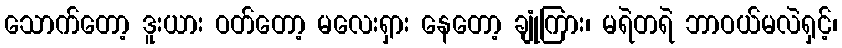
သောက်တော့ ဒူးယား ဝတ်တော့ မလေးရှား နေတော့ ချုံကြား၊ မရဲတရဲ ဘာဝယ်မလဲရှင့်၊